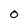
Character: O